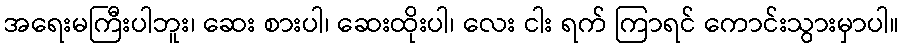
အရေးမကြီးပါဘူး၊ ဆေး စားပါ၊ ဆေးထိုးပါ၊ လေး ငါး ရက် ကြာရင် ကောင်းသွားမှာပါ။